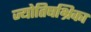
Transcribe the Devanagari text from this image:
ज्योतिषभ्रिका